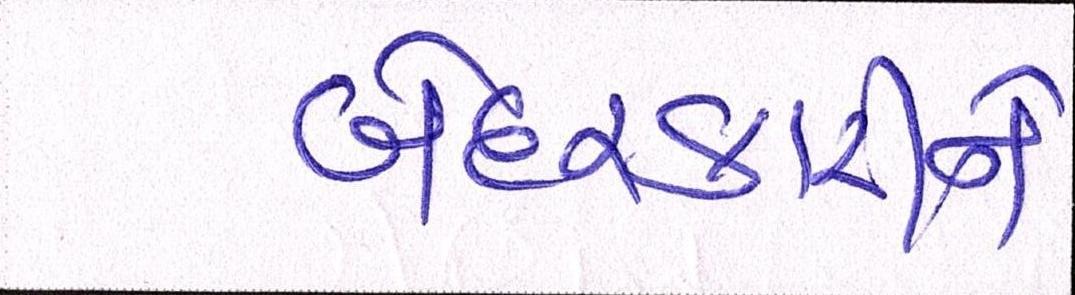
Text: બેદરકારીને